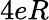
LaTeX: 4eR